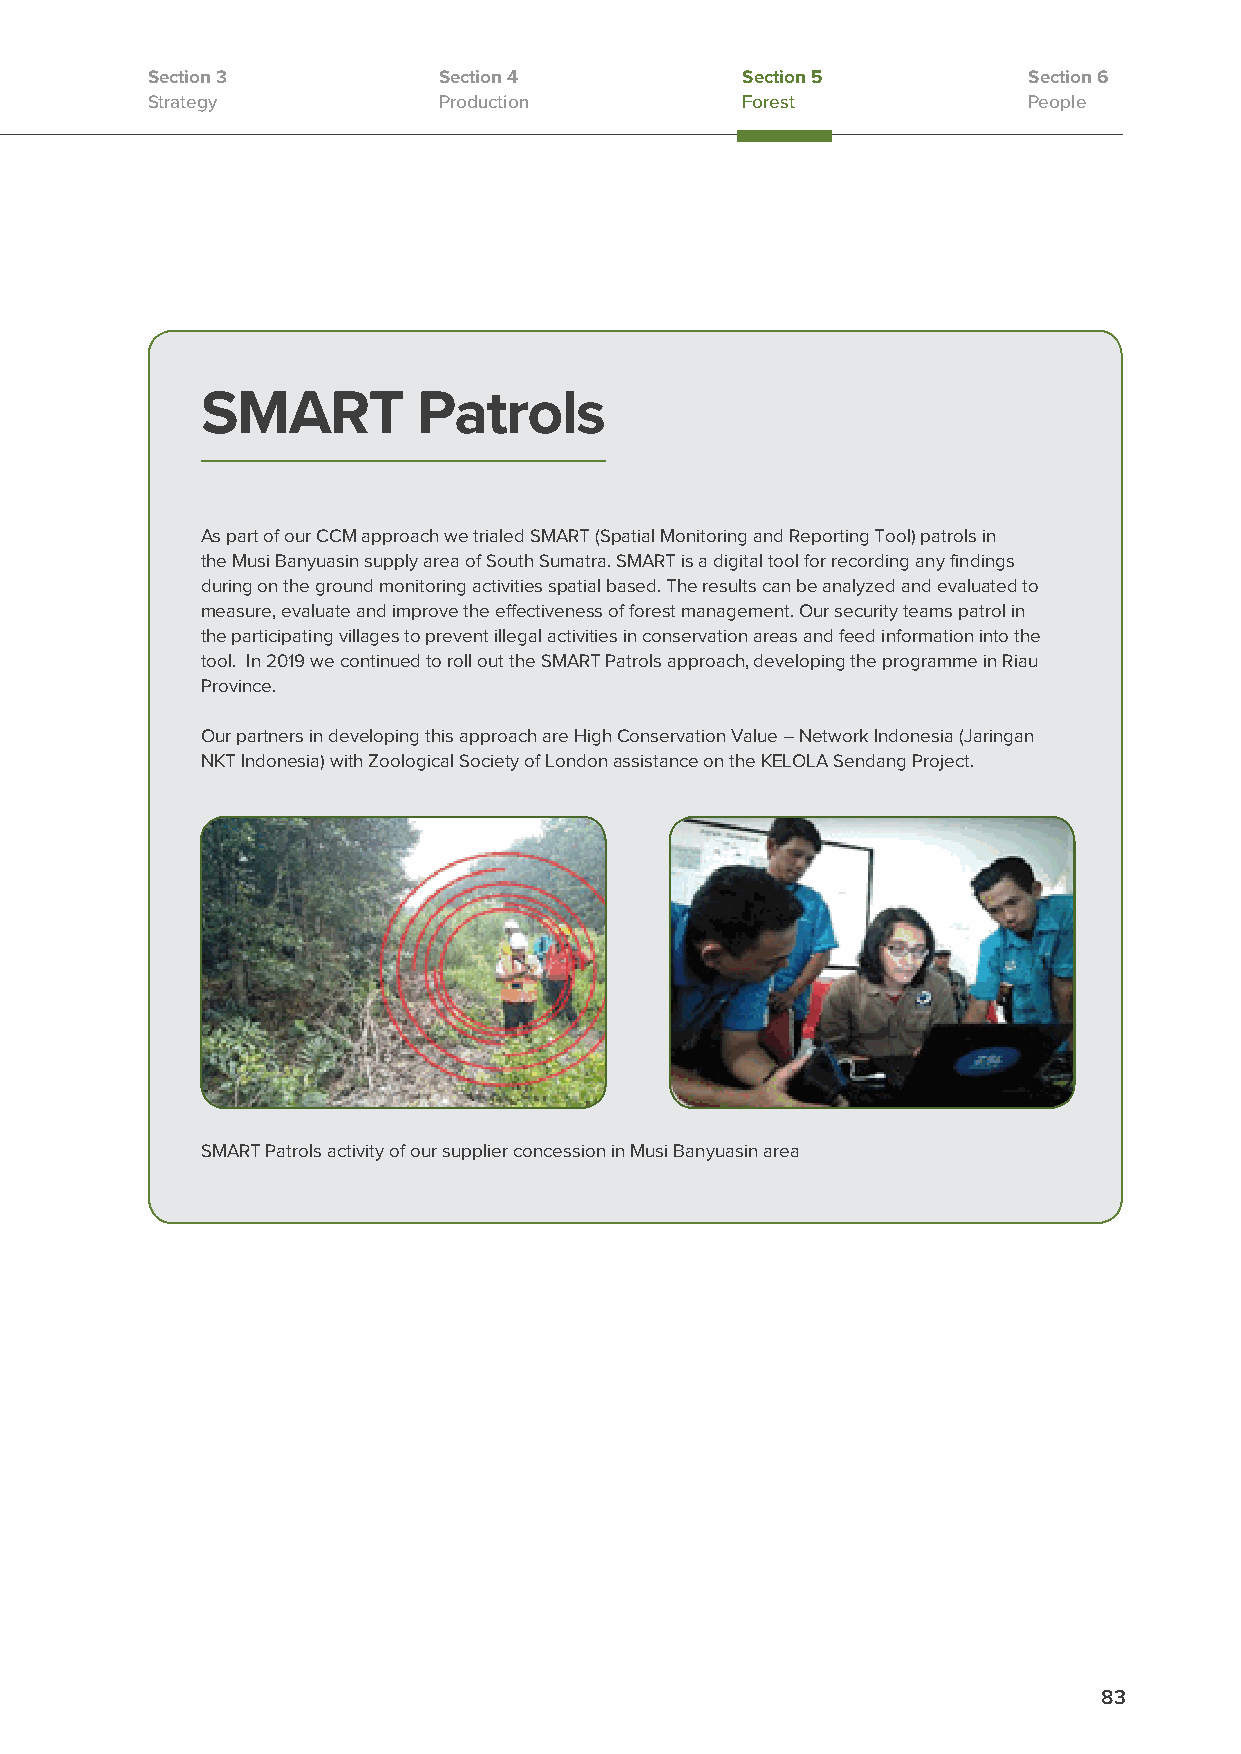
Section 3          Section 4           Section 5          Section 6
 Strategy           Production          Forest             People
 SMART          Patrols
 As part of our CCM approach we trialed SMART (Spatial Monitoring and Reporting Tool) patrols in
 the Musi Banyuasin supply area of South Sumatra. SMART is a digital tool for recording any findings
 during on the ground monitoring activities spatial based. The results can be analyzed and evaluated to
 measure, evaluate and improve the effectiveness of forest management. Our security teams patrol in
 the participating villages to prevent illegal activities in conservation areas and feed information into the
 tool. In 2019 we continued to roll out the SMART Patrols approach, developing the programme in Riau
 Province.
 Our partners in developing this approach are High Conservation Value – Network Indonesia (Jaringan
 NKT Indonesia) with Zoological Society of London assistance on the KELOLA Sendang Project.
 SMART Patrols activity of our supplier concession in Musi Banyuasin area
 83